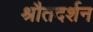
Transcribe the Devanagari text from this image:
श्रौतदर्शन